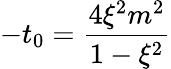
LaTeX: -t_{0}=\frac{4\xi^{2}m^{2}}{1-\xi^{2}}